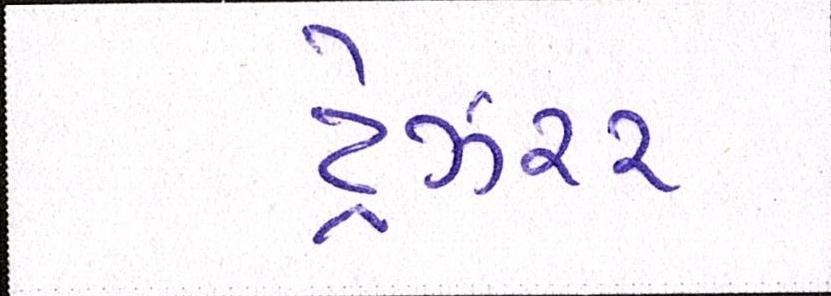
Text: ટ્રેઝરર